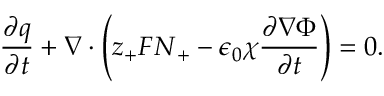
\frac { \partial q } { \partial t } + \nabla \cdot \left( z _ { + } F \boldsymbol { N } _ { + } - \epsilon _ { 0 } \chi \frac { \partial \nabla \Phi } { \partial t } \right) = 0 .